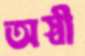
অস্বী